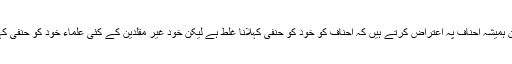
غیر مقلدین ہمیشہ احناف پہ اعتراض کرتے ہیں کہ احناف کو خود کو حنفی کہلانا غلط ہے لیکن خود غیر مقلدین کے کئی علماء خود کو حنفی کہتے تھے۔